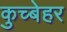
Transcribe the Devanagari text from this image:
कुच्बेहर